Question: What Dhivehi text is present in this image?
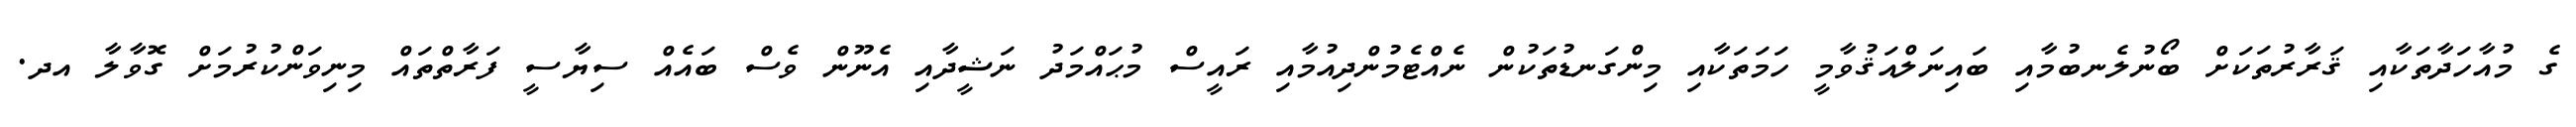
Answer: ގެ މުއާހަދާތަކާއި ޤަރާރުތަކަށް ބޯނުލެނބުމާއި ބައިނަލްއަޤުވާމީ ހަމަތަކާއި މިންގަނޑުތަކުން ނެއްޓެމުންދިއުމާއި ރައީސް މުޙައްމަދު ނަޝީދާއި އެނޫން ވެސް ބައެއް ސިޔާސީ ފަރާތްތައް މިނިވަންކުރުމަށް ގޮވާލާ އދ.